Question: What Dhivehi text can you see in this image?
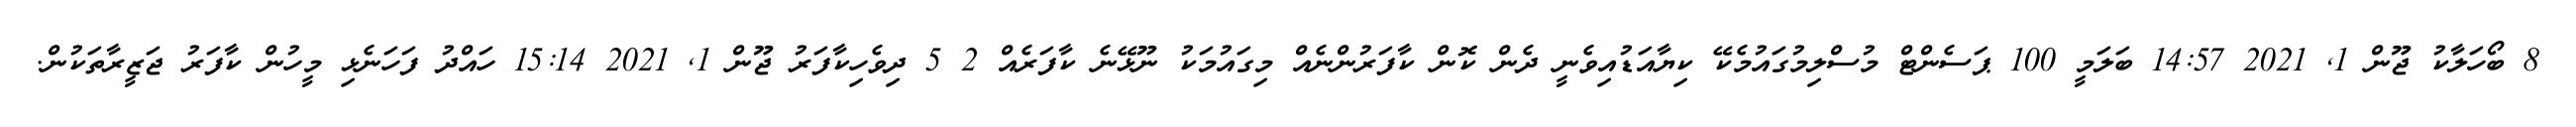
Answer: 8 ބޯހަލާކު ޖޫން 1, 2021 14:57 ބަލަމީ 100 ޕަސެންޓް މުސްލިމުގައުމެކޭ ކިޔާއަޑުއިވެނީ ދެން ކޮން ކާފަރުންނެއް މިގައުމަކު ނޫޅޭނެ ކާފަރެއް 2 5 ދިވެހިކާފަރު ޖޫން 1, 2021 15:14 ހައްދު ފަހަނެޅި މީހުން ކާފަރު ޖަޒީރާތަކުން.